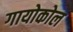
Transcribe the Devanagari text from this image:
गायोकोल